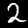
Digit: 2